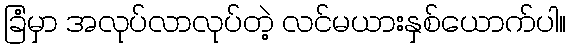
ခြံမှာ အလုပ်လာလုပ်တဲ့ လင်မယားနှစ်ယောက်ပါ။